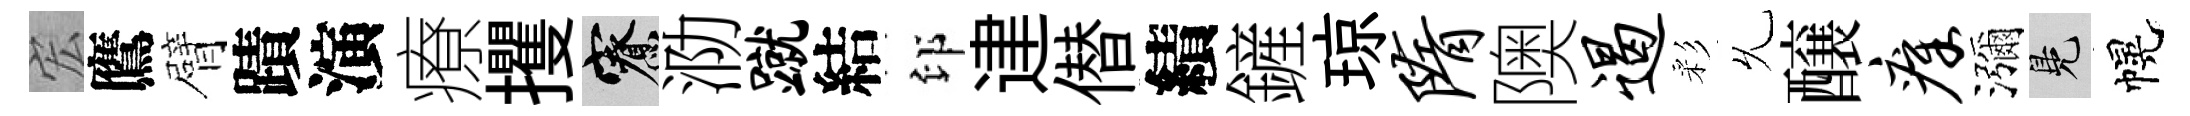
宏鷹臂蹟演療攫寮泐蹴結印䢖僣績鏟琼隋隩遏彩𠃔醸瘴瀰鳬幌